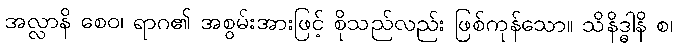
အလ္လာနိ စေဝ၊ ရာဂ၏ အစွမ်းအားဖြင့် စိုသည်လည်း ဖြစ်ကုန်သော။ သိနိဒ္ဓါနိ စ၊